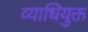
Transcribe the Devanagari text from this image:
व्याधियुक्त